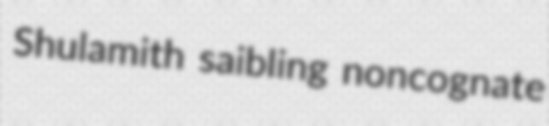
Shulamith saibling noncognate